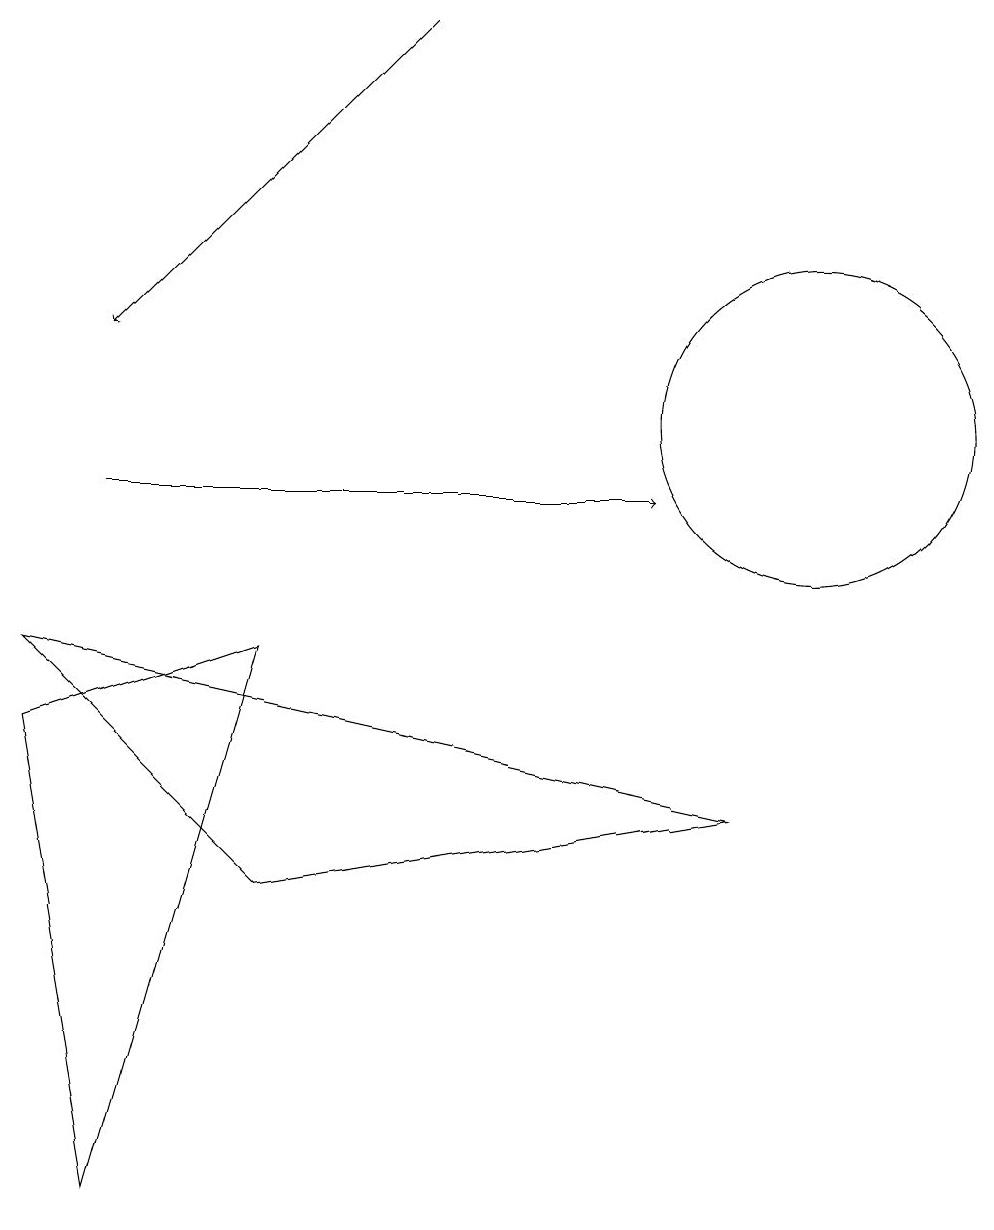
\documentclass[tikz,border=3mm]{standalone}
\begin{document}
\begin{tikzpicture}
\draw (1,1) -- (3,8) -- (0,7) -- cycle;
\draw (10,11) circle (2);
\draw[->] (1,10) -- (8,10);
\draw[->] (5,16) -- (1,12);
\draw (9,6) -- (3,5) -- (0,8) -- cycle;
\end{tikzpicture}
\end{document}